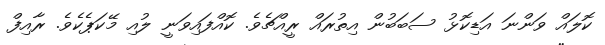
ކޮލައް ވަންނަ އަޑިކޮޅު ސަބަބުން އިތުރައް ރީއްޗެވެ. ކޮއްފައިވަނީ ލުއި މޭކަޕެކެވެ. ރާއިފް